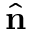
\hat { \bf n }